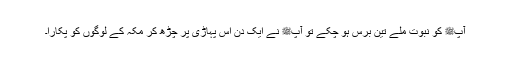
آپﷺ کو نبوت ملے تین برس ہو چکے تو آپﷺ نے ایک دن اس پہاڑی پر چڑھ کر مکہ کے لوگوں کو پکارا۔